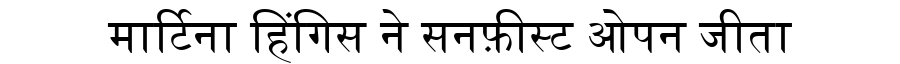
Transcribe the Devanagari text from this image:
मार्टिना हिंगिस ने सनफ़ीस्ट ओपन जीता